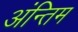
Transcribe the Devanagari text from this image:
अंन्‍तिम